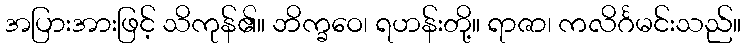
အပြားအားဖြင့် သိကုန်၏။ ဘိက္ခဝေ၊ ရဟန်းတို့။ ရာဇာ၊ ကလိင်္ဂမင်းသည်။